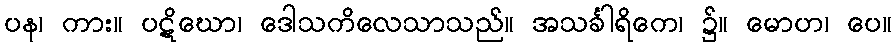
ပန၊ ကား။ ပဋိဃော၊ ဒေါသကိလေသာသည်။ အသင်္ခါရိကေ၊ ၌။ မောဟ၊ ပေ။